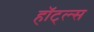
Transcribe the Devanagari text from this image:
हॉट्ल्स